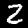
Label: 2